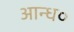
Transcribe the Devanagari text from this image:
आन्ध०